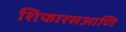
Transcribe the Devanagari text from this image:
शिफारसआणि